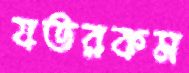
যতরকম